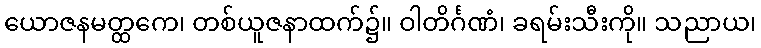
ယောဇနမတ္ထကေ၊ တစ်ယူဇနာထက်၌။ ဝါတိင်္ဂဏံ၊ ခရမ်းသီးကို။ သညာယ၊